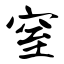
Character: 窒